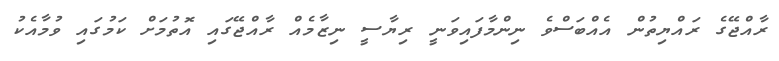
ރާއްޖޭގެ ރައްޔިތުން އެއްބަސްވެ ނިންމާފައިވަނީ ރިޔާސީ ނިޒާމެއް ރާއްޖޭގައި އޮތުމަށް ކަމުގައި ވުމާއެކު